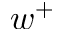
w ^ { + }